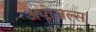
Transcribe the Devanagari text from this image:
अपोजल्स